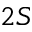
2 S